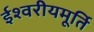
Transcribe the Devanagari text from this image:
ईश्वरीयमूर्ति